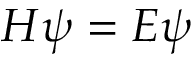
H \psi = E \psi